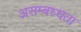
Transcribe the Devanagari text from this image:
असम्बध्धता